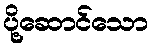
ပို့ဆောင်သော